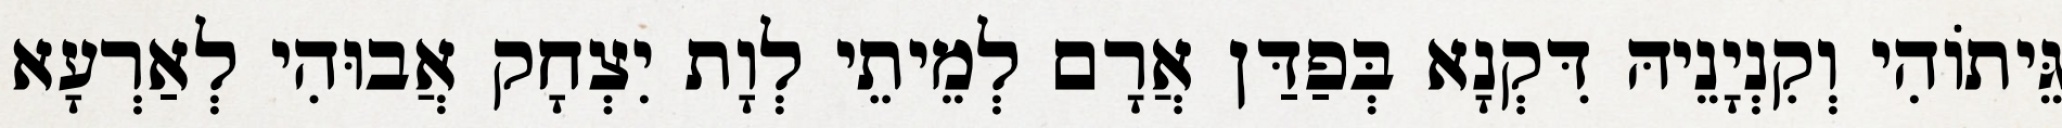
גֵּיתוֹהִי וְקִנְיָנֵיהּ דִּקְנָא בְּפַדַּן אֲרָם לְמֵיתֵי לְוָת יִצְחָק אֲבוּהִי לְאַרְעָא